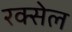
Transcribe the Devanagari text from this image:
रक्सेल